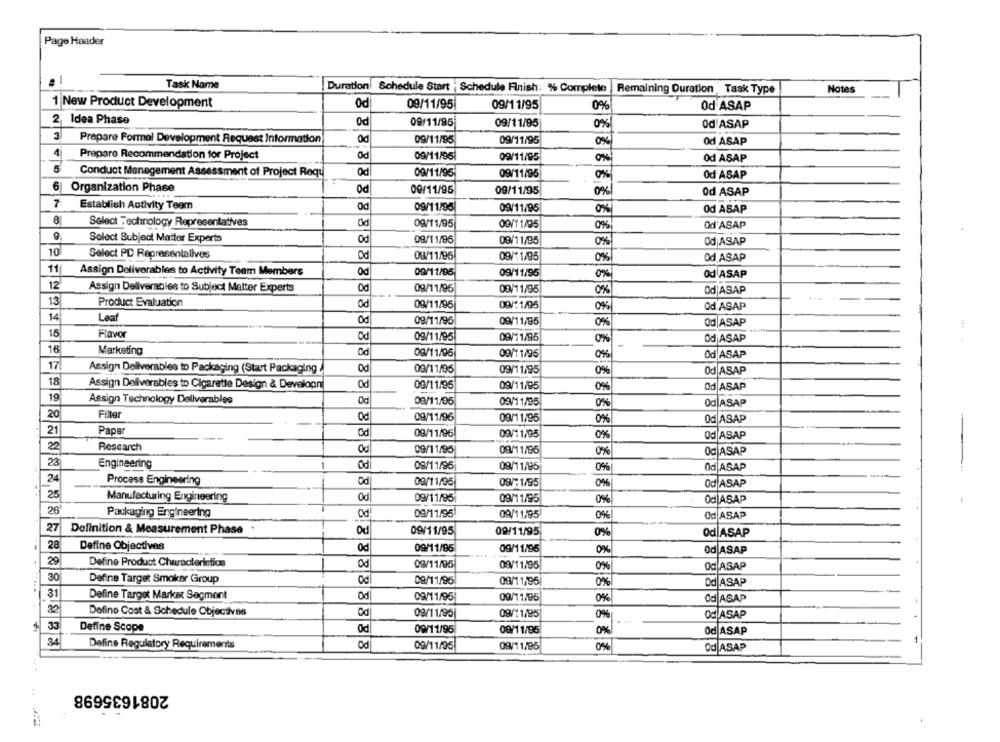
Page Header
Task Name
Duration Schedule Start | Schedule Finish: % Complete
Remaining Duration Task Type
Notes
1 New Product Development
0d
09/11/95
09/11/95
0%
Od ASAP
2 Idea Phase
0d
09/11/95
09/11/95
0%
Od'ASAP
Prepare Formal Development Request Information
Od
09/11/85
09/11/95
0%
Od ASAP
4
Prepare Recommendation for Project
Od
09/11/95
09/11/95
0%
Od ASAP
5
Conduct Manegement Assessment of Project Requ
Od
09/11/95
09/11/95
Od ASAP
6 Organization Phase
od
09/11/95
09/11/95
0%/
Od ASAP
7
Establish Activity Teem
Od
09/11/95
09/11/95
0%
Od ASAP
8
Select Technology Representatives
09/11/95
Od
09/11/05
0%
Od'ASAP
9
Select Subject Matter Experts
Od
09/11/95
09/11/95
0%
Od ASAP
10
Select PD Representalives
Od
OW/11/95
09/11/95
0%
Od ASAP
11
Assign Deliverables to Activity Team Members
Od
09/11/95
09/11/95
0%
Od ASAP
12
Assign Deliverables to Subject Matter Experts
Od
09/11/95
09/11/95
0%
Od|ASAP
13
Product Evaluation
Od
09/11/96
09/11/95
0%
Od ASAP
14
Leaf
Od
09/11/95
09/11/95
0%
Od ASAP
15
Flavor
Od
09/11/95
09/11/95
0%
OdjASAP
-
16
Marketing
Od
09/11/95
09/11/95
0%
Od ASAP
17
Assign Deliverables to Packaging (Start Packaging
Od
09/11/95
09/11/95
0%
Od ASAP
18
Assign Deliverables to Cigarette Design & Developn
Od
09/11/96
09/11/95
Od ASAP
0%
19
Assign Technology Deliverables
Od
08/11/95
09/11/95
0%
Od ASAP
20
Filter
09/11/96
09/11/95
0%
Od ASAP
-
21
Paper
---
Cd
09/11/96
09/11/95
0%
Od ASAP
22
Research
Oc
09/11/95
08/11/95
0%
Od ASAP
23
Engineering
Od
09/11/95
09/11/95
0%
Od ASAP
24
Process Engineering
Od
09/11/95
09/11/95
0%
Od ASAP
25
Manufacturing Engineering
Od
09/11/95
09/11/95
0%
Od ASAP
26
Packaging Engineering
Od
09/11/95
09/11/95
0%
Od ASAP
27
Definition & Measurement Phase
Od
09/11/95
09/11/95
0%
Od ASAP
28
Define Objectives
0d
09/11/96
09/11/95
0%
od ASAP
29
Define Product Characteristics
09/11/95
09/11/95
0%
Od ASAP
30
Define Target Smoker Group
odl
08/11/96
09/11/95
0%
od ASAP
31
Define Target Market Segment
Od
09/11/95
09/11/95
0%
Od ASAP
20
Dofino Cost & Schedule Objectivas
Od
09/11/95
09/11/95
Od ASAP
33
Define Scope
Od
09/11/95
09/11/95
0%
Od ASAP
34
Define Regulatory Requirements
Od
09/11/95
09/11/95
od ASAP
2081635698